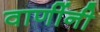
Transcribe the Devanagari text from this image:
वाणींनी